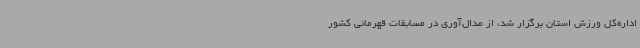
اداره‌کل ورزش استان برگزار شد، از مدال‌آوری در مسابقات قهرمانی کشور